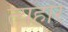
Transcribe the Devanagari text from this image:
त्यहार